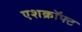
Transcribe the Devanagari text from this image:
एशक्रॉफ्ट